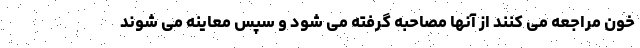
خون مراجعه می کنند از آنها مصاحبه گرفته می شود و سپس معاینه می شوند